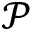
\mathcal { P }